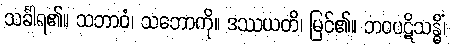
သင်္ခါရ၏။ သဘာဝံ၊ သဘောကို။ ဒဿယတိ၊ မြင်၏။ ဘဝပဋိသန္ဓိံ၊